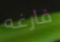
فارغه